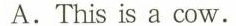
A.This is a cow.